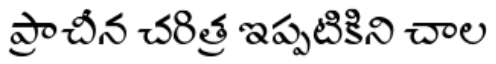
ప్రాచీన చరిత్ర ఇప్పటికిని చాల